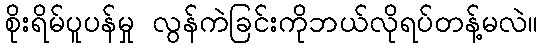
စိုးရိမ်ပူပန်မှု လွန်ကဲခြင်းကိုဘယ်လိုရပ်တန့်မလဲ။